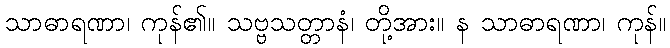
သာဓာရဏာ၊ ကုန်၏။ သဗ္ဗသတ္တာနံ၊ တို့အား။ န သာဓာရဏာ၊ ကုန်။